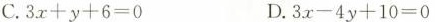
C.$$3 x + y + 6 = 0$$ D.$$3 x - 4 y + 1 0 = 0$$